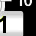
Digit: 1